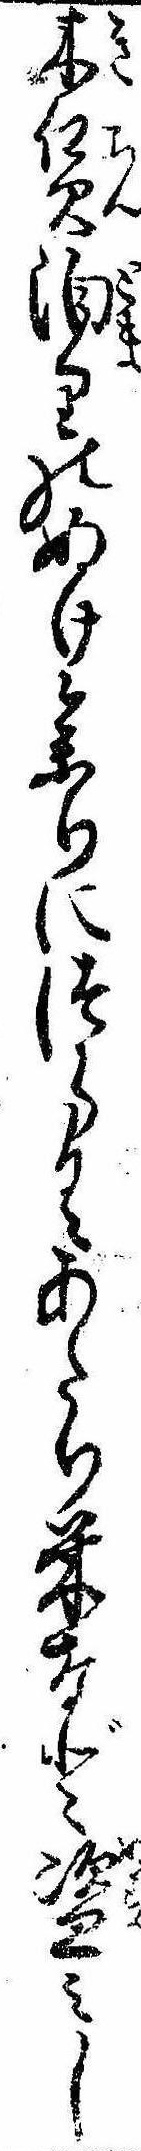
木賃泊りのぬけ参りにつらくあたり米など盗みし